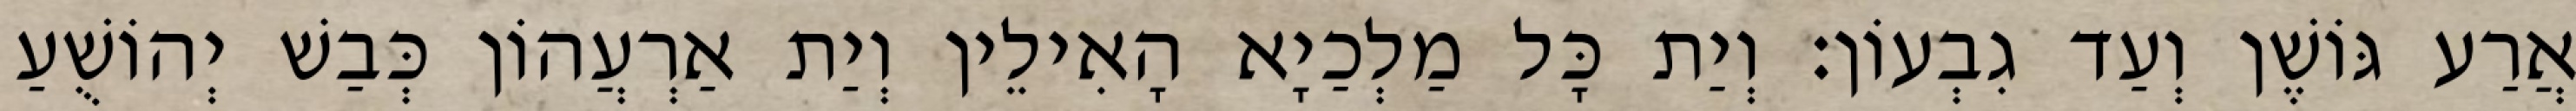
אֲרַע גּוֹשֶׁן וְעַד גִבְעוֹן׃ וְיַת כָּל מַלְכַיָא הָאִילֵין וְיַת אַרְעֲהוֹן כְּבַשׁ יְהוֹשֻׁעַ